Indian journal of veterinary science and animal husbandry - Volumes 28-29, 1958-1959
Year: 1958
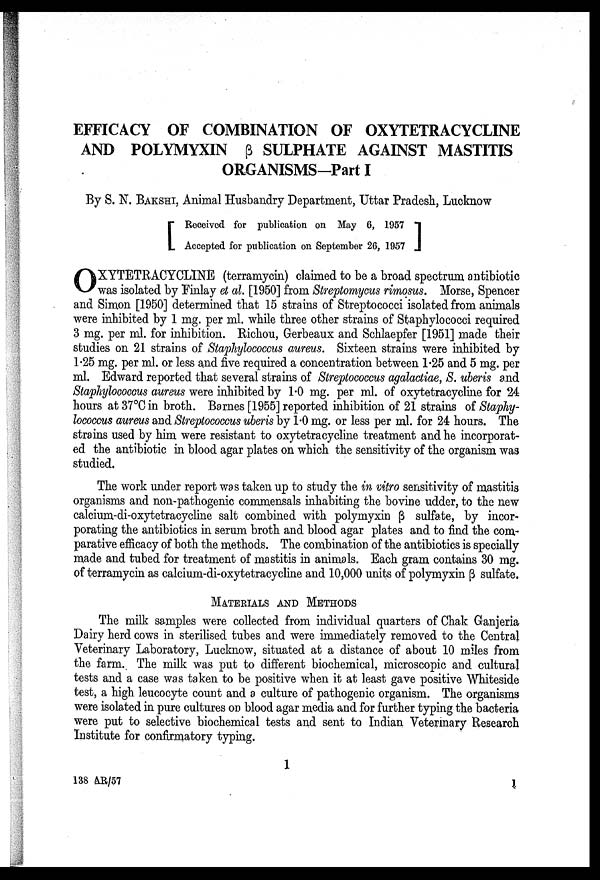
EFFICACY OF COMBINATION OF OXYTETRACYCLINE
AND POLYMYXIN β SULPHATE AGAINST MASTITIS
ORGANISMS-Part I
By S. N. BAKSHI, Animal Husbandry Department, Uttar Pradesh, Lucknow
[ Received for publication on May 6, 1957
Accepted for publication on September 26, 1957 ]
O XYTETRACYCLINE (terramycin) claimed to be a broad spectrum antibiotic
was isolated by Finlay et al. [1950] from Streptomycus rimosus. Morse, Spencer
and Simon [1950] determined that 15 strains of Streptococci isolated from animals
were inhibited by 1 mg. per ml. while three other strains of Staphylococci required
3 mg. per ml. for inhibition. Richou, Gerbeaux and Schlaepfer [1951] made their
studies on 21 strains of Staphylococcus aureus. Sixteen strains were inhibited by
1.25 mg. per ml. or less and five required a concentration between 1.25 and 5 mg. per
ml. Edward reported that several strains of Streptococcus agalactiae, S. uberis and
Staphylococcus aureus were inhibited by 1.0 mg. per ml. of oxytetracycline for 24
hours at 37°C in broth. Barnes [1955] reported inhibition of 21 strains of Staphy
lococcus aureus and Streptococcus uberis by 1.0 mg. or less per ml. for 24 hours. The
strains used by him were resistant to oxytetracycline treatment and he incorporat
ed the antibiotic in blood agar plates on which the sensitivity of the organism was
studied.
The work under report was taken up to study the in vitro sensitivity of mastitis
organisms and non-pathogenic commensals inhabiting the bovine udder, to the new
calcium-di-oxytetracycline salt combined with polymyxin β sulfate, by incor
porating the antibiotics in serum broth and blood agar plates and to find the com
parative efficacy of both the methods. The combination of the antibiotics is specially
made and tubed for treatment of mastitis in animals. Each gram contains 30 mg.
of terramycin as calcium-di-oxytetracycline and 10,000 units of polymyxin β sulfate.
MATERIALS AND METHODS
The milk samples were collected from individual quarters of Chak Ganjeria
Dairy herd cows in sterilised tubes and were immediately removed to the Central
Veterinary Laboratory, Lucknow, situated at a distance of about 10 miles from
the farm. The milk was put to different biochemical, microscopic and cultural
tests and a case was taken to be positive when it at least gave positive Whiteside
test, a high leucocyte count and a culture of pathogenic organism. The organisms
were isolated in pure cultures on blood agar media and for further typing the bacteria
were put to selective biochemical tests and sent to Indian Veterinary Research
Institute for confirmatory typing.
138
AR/57
1